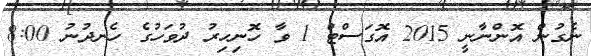
ނެގުން އޮންނާނީ 2015 އޮގަސްޓް 1 ވާ ހޮނިހިރު ދުވަހުގެ ހެނދުނު 8:00